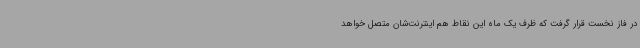
در فاز نخست قرار گرفت که ظرف یک ماه این نقاط هم اینترنت‌شان متصل خواهد